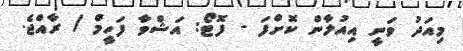
މިއަދު ވަނީ އިއުލާން ކޮށްފަ - ފޮޓޯ: އަޝްވާ ފަހީމް / ރާއްޖެ.